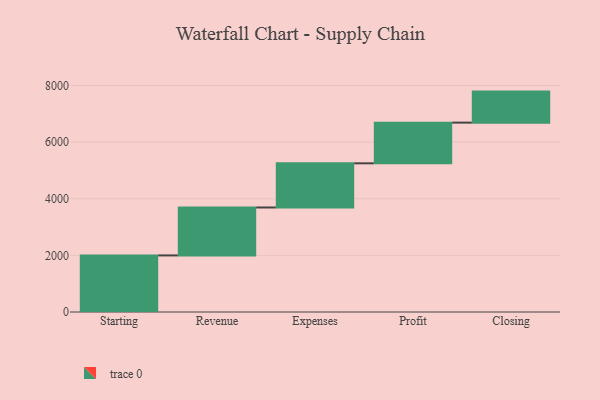
{"axis": {"x": "Step", "y": "Value"}, "legend": [""], "data": [{"x": "Starting", "y": 1999.0, "type": ""}, {"x": "Revenue", "y": 1693.0, "type": ""}, {"x": "Expenses", "y": 1560.0, "type": ""}, {"x": "Profit", "y": 1437.0, "type": ""}, {"x": "Closing", "y": 1096.0, "type": ""}]}